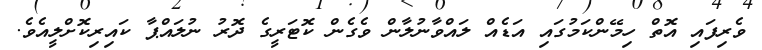
ވެރިފައި އޮތް ހިމޭންކަމުގައި އަޑެއް ލައްވާނުލާން ވެގެން ކޮޓަރީގެ ދޮރު ނުލައްޕާ ކައިރިކޮށްލީއެވެ.